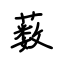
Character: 薮